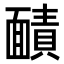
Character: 𮧐